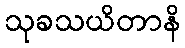
သုခသယိတာနိ